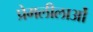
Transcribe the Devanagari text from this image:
प्रेमलीलाओं